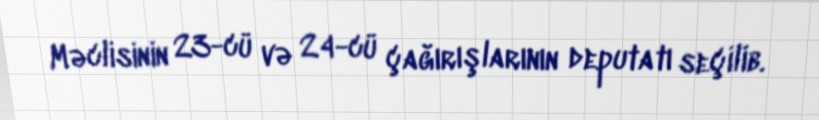
Məclisinin 23-cü və 24-cü çağırışlarının deputatı seçilib.